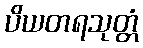
ပိယတရသုတ္တံ